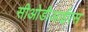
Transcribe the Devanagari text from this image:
सीओडीआईएस